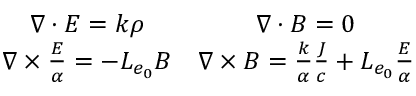
\begin{array} { c c } { \boldsymbol { \nabla \cdot E } = k \rho } & { \boldsymbol { \nabla \cdot B } = 0 } \\ { \boldsymbol { \nabla \times { } } \frac { \boldsymbol { E } } { \alpha } = - L _ { e _ { 0 } } \boldsymbol { B } } & { \boldsymbol { \nabla \times B } = \frac { k } { \alpha } \frac { \boldsymbol { J } } { c } + L _ { e _ { 0 } } \frac { \boldsymbol { E } } { \alpha } } \end{array}